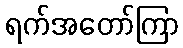
ရက်အတော်ကြာ